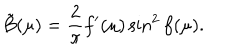
{ \tilde { B } } ( \mu ) = \frac { 2 } { \pi } f ^ { \prime } ( \mu ) \sin ^ { 2 } f ( \mu ) .